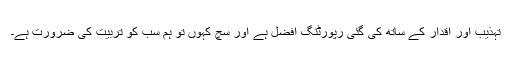
تہذیب اور اقدار کے ساتھ کی گئی رپورٹنگ افضل ہے اور سچ کہوں تو ہم سب کو تربیت کی ضرورت ہے۔